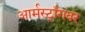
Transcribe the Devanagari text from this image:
आर्मस्ट्राँगवर